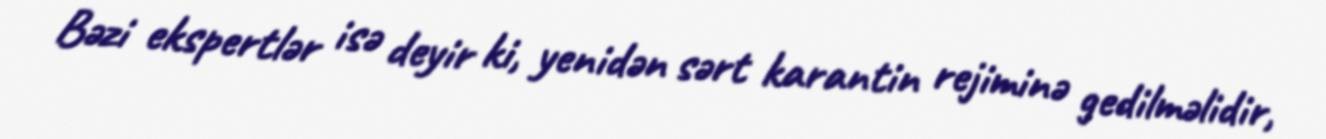
Bəzi ekspertlər isə deyir ki, yenidən sərt karantin rejiminə gedilməlidir,